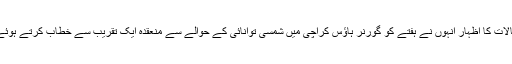
ان خیالات کا اظہار انہوں نے ہفتے کو گورنر ہاﺅس کراچی میں شمسی توانائی کے حوالے سے منعقدہ ایک تقریب سے خطاب کرتے ہوئے کیا۔